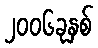
၂၀၀၆ခုနှစ်